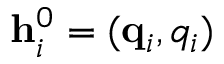
\mathbf h _ { i } ^ { 0 } = ( \mathbf q _ { i } , q _ { i } )